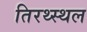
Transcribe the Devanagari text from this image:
तिरथ्स्थल